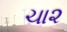
ચા૨